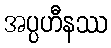
အပ္ပဟီနဿ